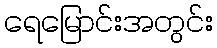
ရေမြောင်းအတွင်း